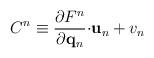
LaTeX: \begin{align*}C^n\equiv \frac{\partial F^n}{\partial \mathbf{q}_n}\mathbf{\cdot u}_n+v_n\end{align*}